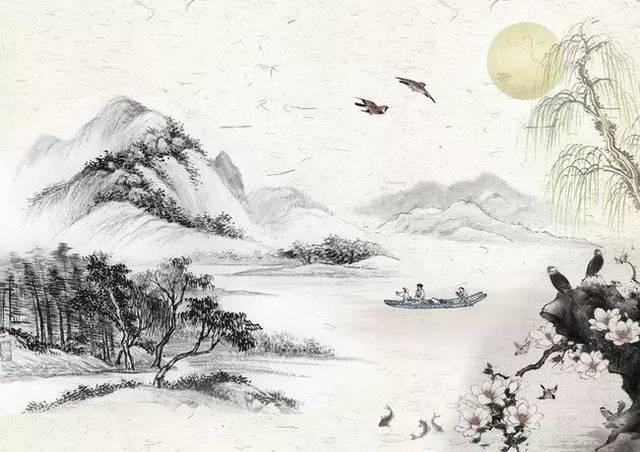
今夜鄜州月，闺中只独看。